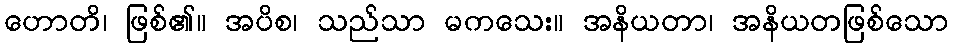
ဟောတိ၊ ဖြစ်၏။ အပိစ၊ သည်သာ မကသေး။ အနိယတာ၊ အနိယတဖြစ်သော